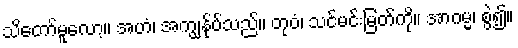
သိတော်မူလော့။ အဟံ၊ အကျွန်ုပ်သည်။ တုဝံ၊ သင်မင်းမြတ်ကို။ အာဂမ္မ၊ စွဲ၍။